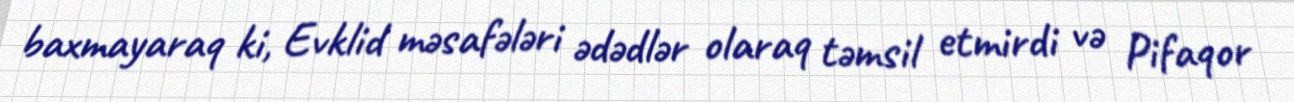
baxmayaraq ki, Evklid məsafələri ədədlər olaraq təmsil etmirdi və Pifaqor